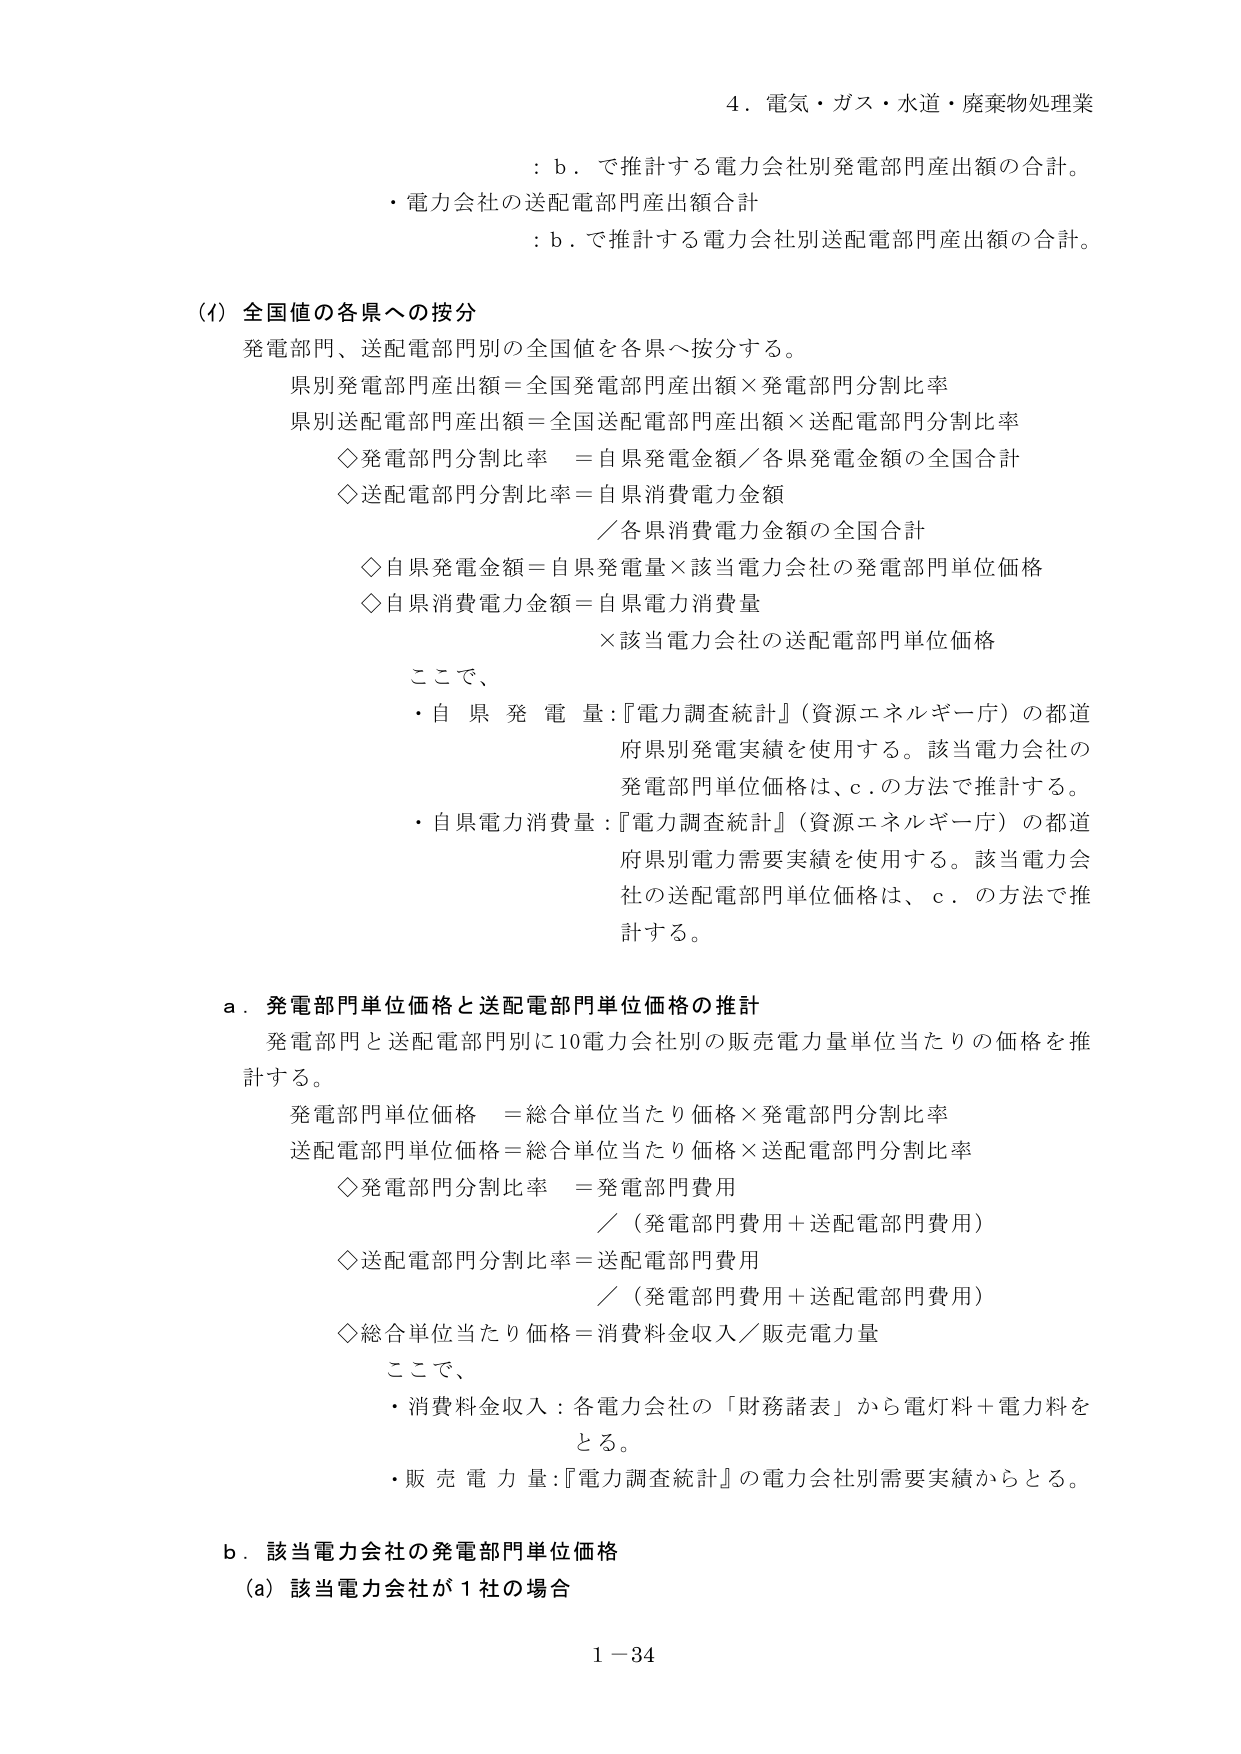
4．電気・ガス・水道・廃棄物処理業
：b．で推計する電力会社別発電部門産出額の合計。
・電力会社の送配電部門産出額合計
：b．で推計する電力会社別送配電部門産出額の合計。

(ｲ) 全国値の各県への按分
発電部門、送配電部門別の全国値を各県へ按分する。
県別発電部門産出額＝全国発電部門産出額×発電部門分割比率
県別送配電部門産出額＝全国送配電部門産出額×送配電部門分割比率
◇発電部門分割比率 ＝自県発電金額／各県発電金額の全国合計
◇送配電部門分割比率＝自県消費電力金額
／各県消費電力金額の全国合計
◇自県発電金額＝自県発電量×該当電力会社の発電部門単位価格
◇自県消費電力金額＝自県電力消費量
×該当電力会社の送配電部門単位価格

ここで、
・自県発電量：『電力調査統計』（資源エネルギー庁）の都道府県別発電実績を使用する。該当電力会社の発電部門単位価格は、c．の方法で推計する。
・自県電力消費量：『電力調査統計』（資源エネルギー庁）の都道府県別電力需要実績を使用する。該当電力会社の送配電部門単位価格は、c．の方法で推計する。

a．発電部門単位価格と送配電部門単位価格の推計
発電部門と送配電部門別に10電力会社別の販売電力量単位当たりの価格を推計する。
発電部門単位価格 ＝総合単位当たり価格×発電部門分割比率
送配電部門単位価格＝総合単位当たり価格×送配電部門分割比率
◇発電部門分割比率 ＝発電部門費用
／（発電部門費用＋送配電部門費用）
◇送配電部門分割比率＝送配電部門費用
／（発電部門費用＋送配電部門費用）
◇総合単位当たり価格＝消費料金収入／販売電力量

ここで、
・消費料金収入：各電力会社の「財務諸表」から電灯料＋電力料をとる。
・販売電力量：『電力調査統計』の電力会社別需要実績からとる。

b．該当電力会社の発電部門単位価格
(a) 該当電力会社が1社の場合

1－34